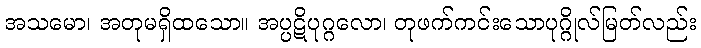
အသမော၊ အတုမရှိထသော။ အပ္ပဋိပုဂ္ဂလော၊ တုဖက်ကင်းသောပုဂ္ဂိုလ်မြတ်လည်း